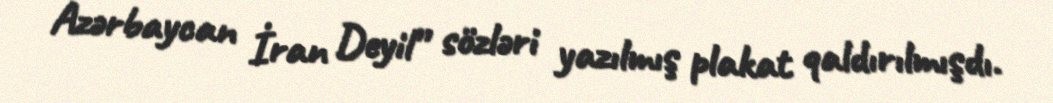
Azərbaycan İran Deyil” sözləri yazılmış plakat qaldırılmışdı.